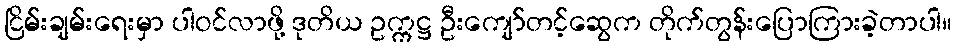
ငြိမ်းချမ်းရေးမှာ ပါဝင်လာဖို့ ဒုတိယ ဥက္ကဋ္ဌ ဦးကျော်တင့်ဆွေက တိုက်တွန်းပြောကြားခဲ့တာပါ။